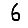
Digit: 6